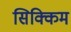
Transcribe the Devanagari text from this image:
सिक्किम